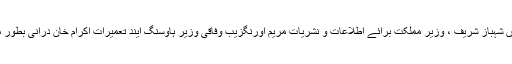
اس جلسہ میں وزیر اعلی پنجاب میاں شہباز شریف ، وزیر مملکت برائے اطلاعات و نشریات مریم اورنگزیب وفاقی وزیر ہاوسنگ ایند تعمیرات اکرام خان درانی بطور مہمان خصوصی شرکت کریں گے۔